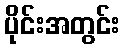
ပိုင်းအတွင်း